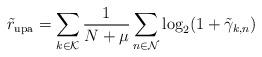
LaTeX: \begin{align*}\tilde{r}_\mathrm{upa}=\sum_{k\in\mathcal{K}}\frac{1}{N+\mu}\sum_{n\in\mathcal{N}}\log_2(1+\tilde{\gamma}_{k,n})\end{align*}